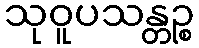
သုဝူပသန္တဉ္စ